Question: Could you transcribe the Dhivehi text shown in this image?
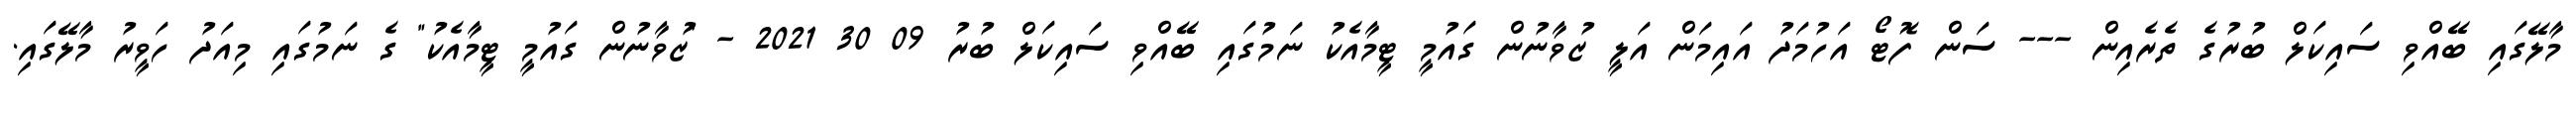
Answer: މާލޭގައި ބޭއްވި ސައިކަލް ބުރުގެ ތެރެއިން --- ސަން ފޮޓޯ އަހުމަދު އައިމަން އަލީ ޒުވާނުން ގައުމީ ޓީމާއެކު ނަމުގައި ބޭއްވި ސައިކަލް ބުރު 09 30 2021 - "ޒުވާނުން ގައުމީ ޓީމާއެކު" ގެ ނަމުގައި މިއަދު ހަވީރު މާލޭގައި.